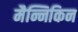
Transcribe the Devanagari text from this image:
मैन्निकिन